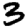
Digit: 3